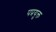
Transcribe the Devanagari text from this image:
पप्रयुक्त